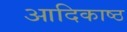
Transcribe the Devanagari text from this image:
आदिकाष्ठ